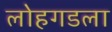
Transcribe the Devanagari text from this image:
लोहगडला